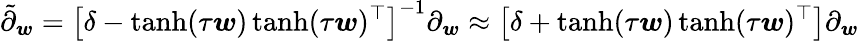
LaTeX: \tilde{\partial}_{\boldsymbol{w}}=\left[\delta-\operatorname{tanh}(\tau\boldsymbol{w})\operatorname{tanh}(\tau\boldsymbol{w})^{\top}\right]^{-1}\partial_{\boldsymbol{w}}\approx\left[\delta+\operatorname{tanh}(\tau\boldsymbol{w})\operatorname{tanh}(\tau\boldsymbol{w})^{\top}\right]\partial_{\boldsymbol{w}}